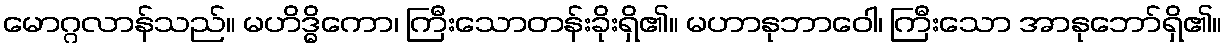
မောဂ္ဂလာန်သည်။ မဟိဒ္ဓိကော၊ ကြီးသောတန်းခိုးရှိ၏။ မဟာနုဘာဝေါ၊ ကြီးသော အာနုဘော်ရှိ၏။